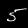
Label: 5